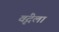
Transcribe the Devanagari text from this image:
वृंदेला